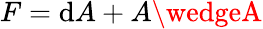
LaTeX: F=\mathrm{d}A+A\wedgeA